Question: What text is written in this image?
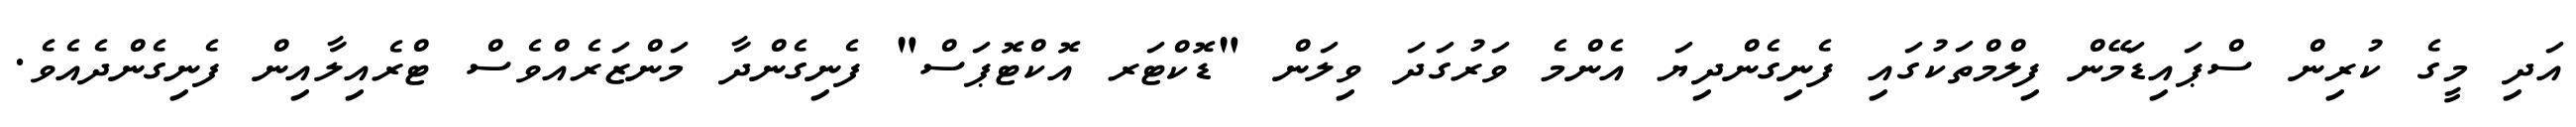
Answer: އަދި މީގެ ކުރިން ސްޕައިޑަމޭން ފިލްމްތަކުގައި ފެނިގެންދިޔަ އެންމެ ވަރުގަދަ ވިލަން "ޑޮކްޓަރ އޮކްޓޮޕަސް" ފެނިގެންދާ މަންޒަރެއްވެސް ޓްރެއިލާއިން ފެނިގެންދެއެވެ.